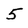
Character: 5